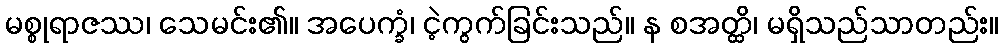
မစ္စုရာဇဿ၊ သေမင်း၏။ အပေက္ခံ၊ ငဲ့ကွက်ခြင်းသည်။ န စအတ္ထိ၊ မရှိသည်သာတည်း။